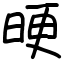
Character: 𣆳